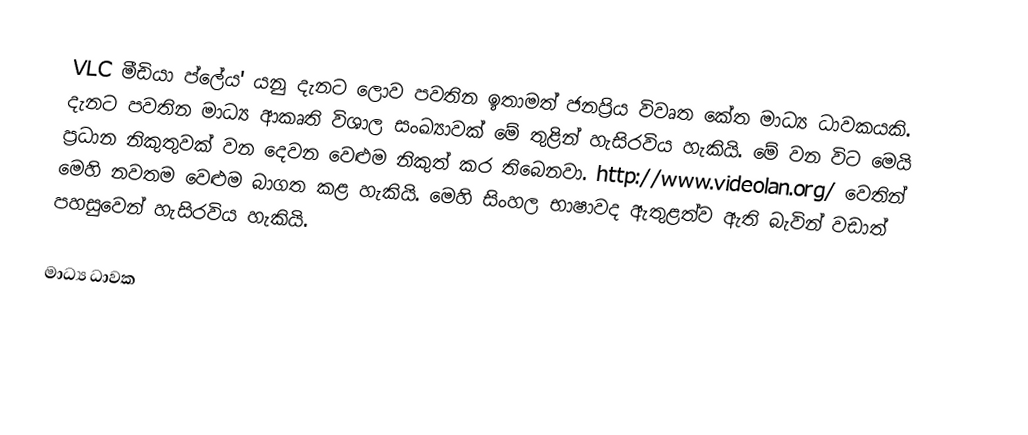
VLC මීඩියා ප්ලේය' යනු දැනට ලොව පවතින ඉතාමත් ජනප්‍රිය විවෘත කේත මාධ්‍ය ධාවකයකි. දැනට පවතින මාධ්‍ය ආකෘති විශාල සංඛ්‍යාවක් මේ තුළින් හැසිරවිය හැකියි. මේ වන විට මෙයි ප්‍රධාන නිකුතුවක් වන දෙවන වෙළුම නිකුත් කර තිබෙනවා. http://www.videolan.org/ වෙතින් මෙහි නවතම වෙළුම බාගත කළ හැකියි. මෙහි සිංහල භාෂාවද ඇතුළත්ව ඇති බැවින් වඩාත් පහසුවෙන් හැසිරවිය හැකියි.

මාධ්‍ය ධාවක